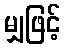
မျှဖြင့်